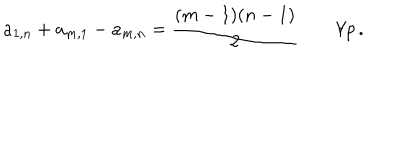
a _ { 1 , n } + a _ { m , 1 } - a _ { m , n } = \frac { ( m - 1 ) ( n - 1 ) } { 2 } \qquad \forall p \, .